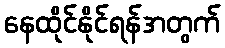
နေထိုင်နိုင်ရန်အတွက်